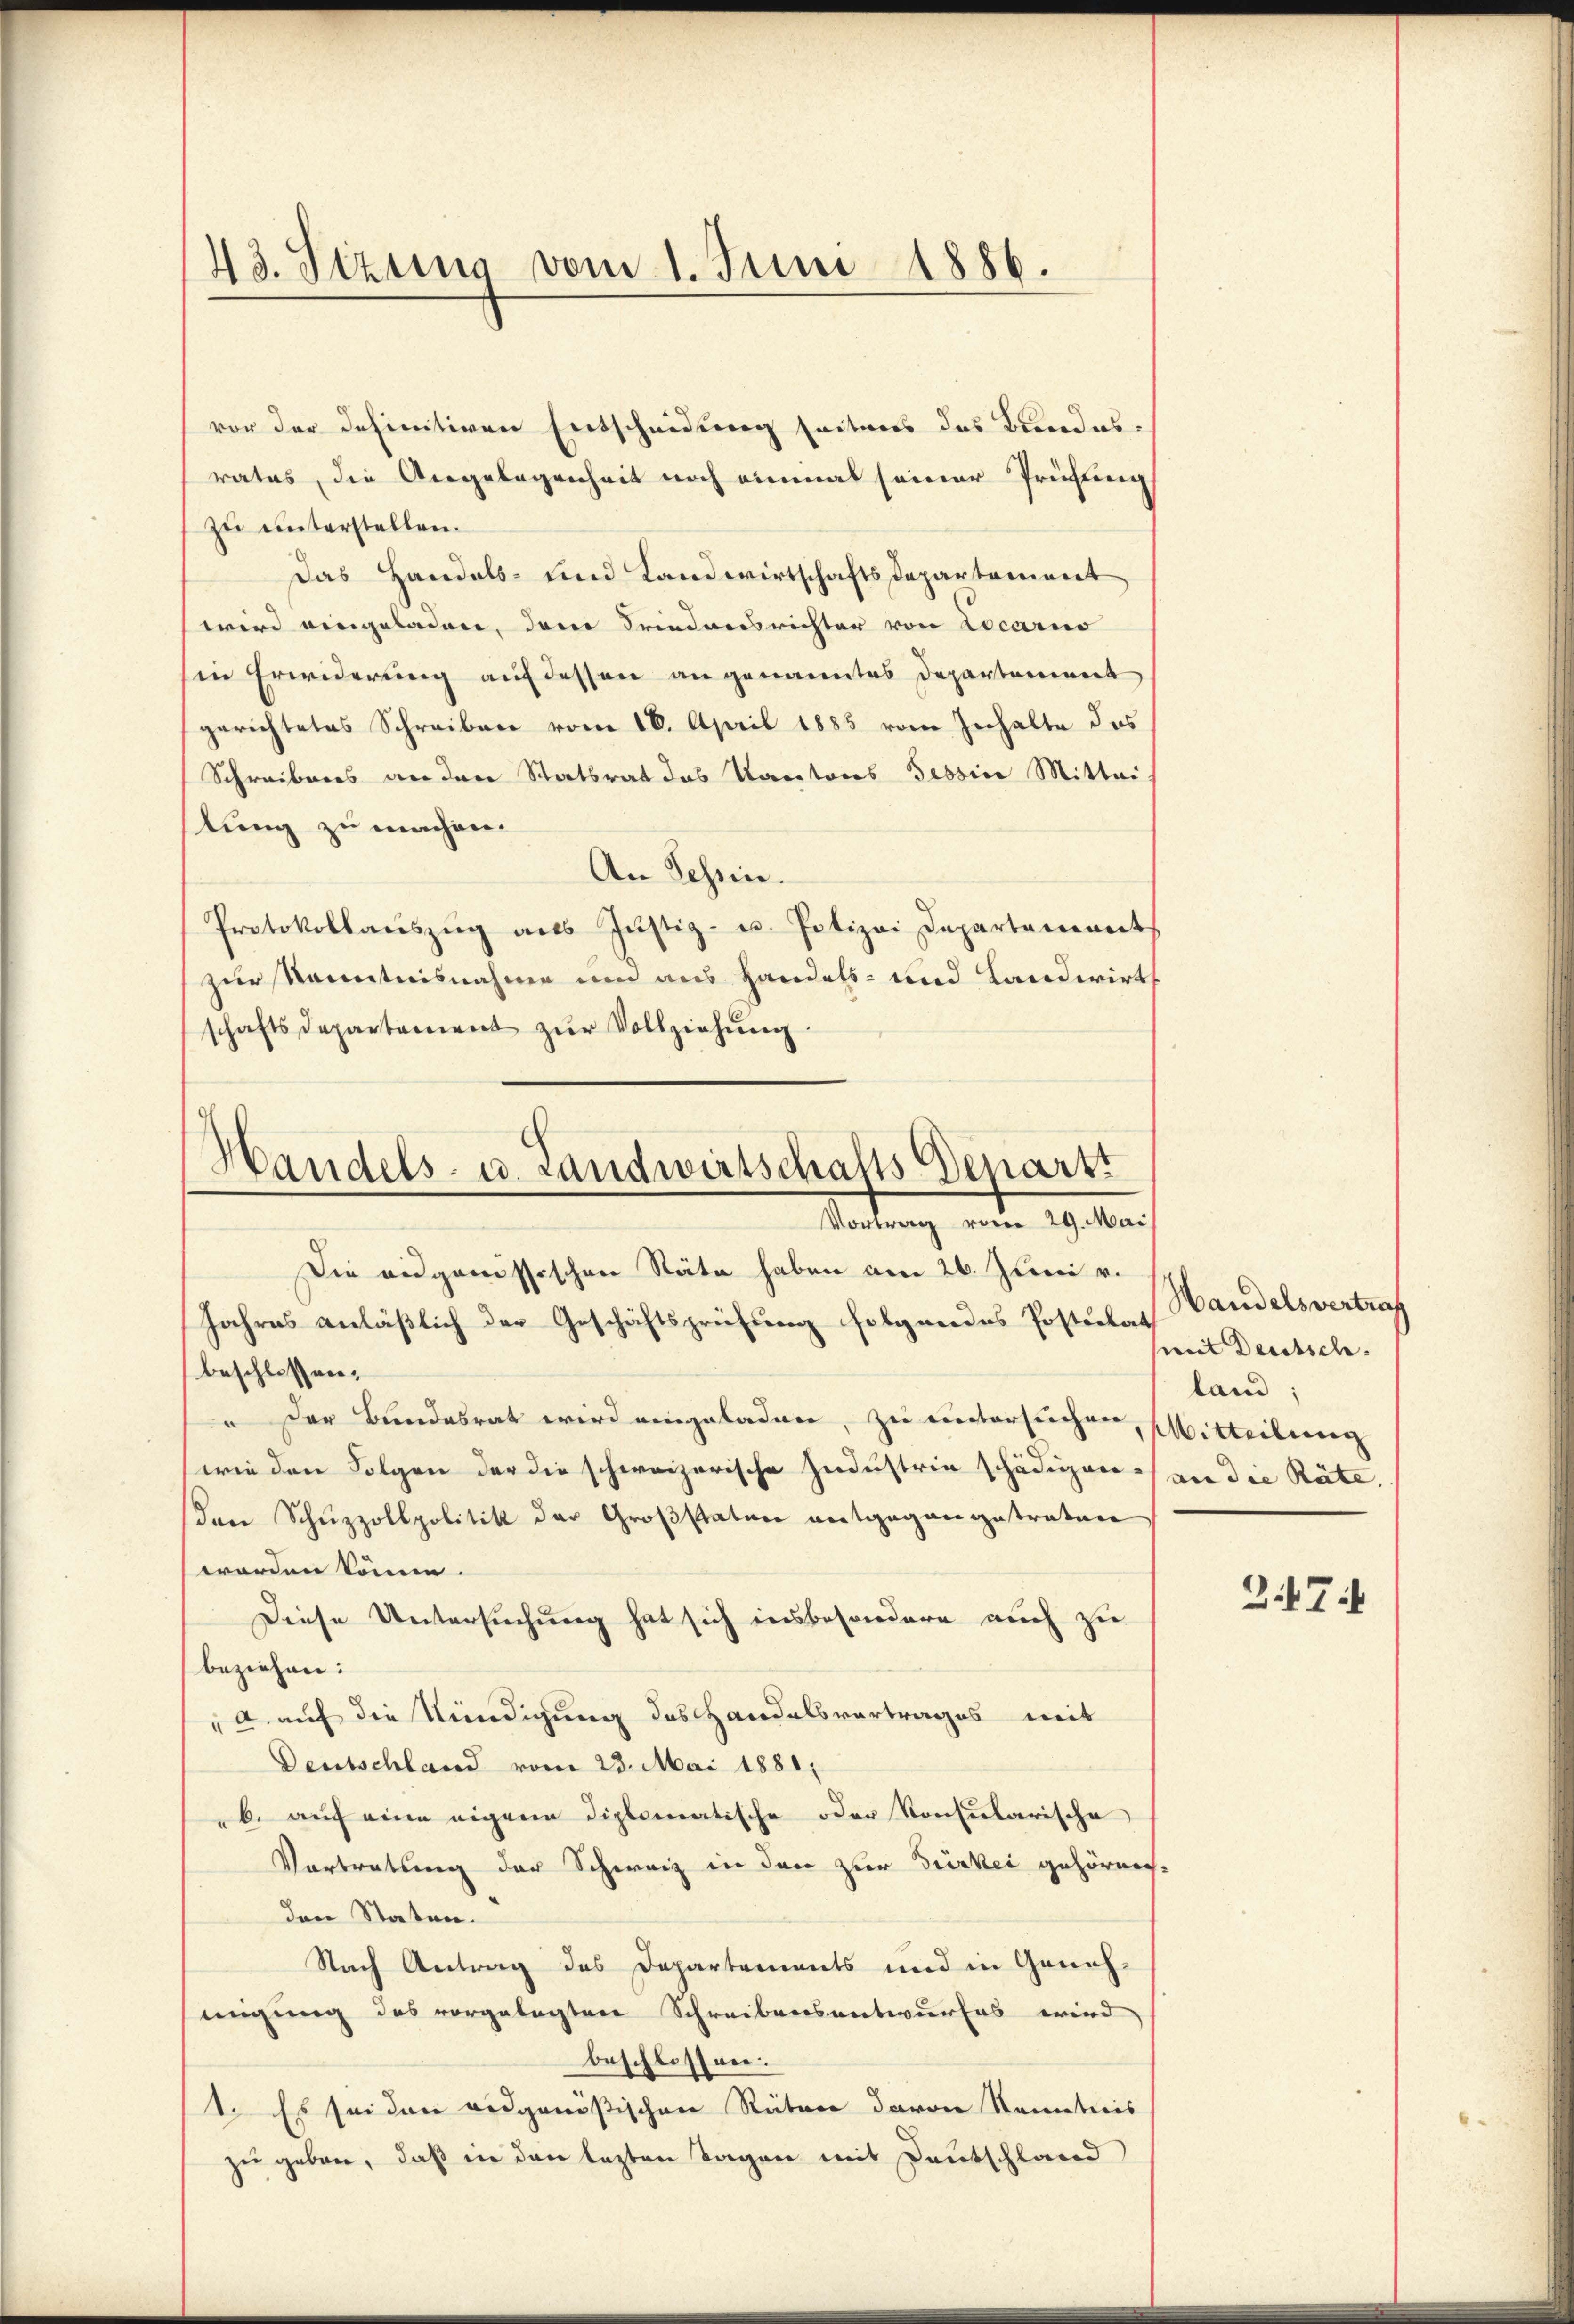
43. Sizung vom 1. Juni 1886.

vor der definitiven Entscheidung seitens das Bundesrates, die Angelegenheit noch einmal seiner Prüfung
zu unterstellen.
Das Handels- und Landwirtschaftsdepartement
wird eingeladen, dem Friedensrichter von Locario
in Erwiderung auf dessen angenanntes Departement
gerichtetes Schreiben vom 16. April 1885 vom Inhalte das
Schreibens an den Statsrat das Kantones Tessine Mittei
lung zu machen.
An Tessin.
Protokollaŭszŭg als Justiz- u. Potizei Departement
zur Kenntnisnahme und aus Handels- und Landwirts
schaftsdepartement zŭr Vollziehŭng.

Handels- u. Landwirtschafts Departi
Vortrag vom 29. Mai

Die eidgenössischen Stäte haben am 26. Juni v.
Jahres anläßlich der Geschäftsprüfung folgendes Postulat Handelsvertraf
beschlossen:
 Der Bundesrat wird eingeladen, zu untersuchen, Witteilung
wie den Folgen der die schweizerische Industrie schädigen) von die Räte.
Den Schuzzollpolitik der Großstaten entgegangetraten
worden könne.
Diese Untersuchung hat sich insbesondere auch zu
beziehen:
" auf die Kündigung des Handelsvortrages mit
Deutschland vom 23. Mai 1881,
"b. auf eine eigene Diplomatische oder Konsularische
Vortretung der Schweiz in den zur Türkei gehörnechden Statun
Nach Antrag des Departements und in Geneh-
migung des vorgelegten Schreibensantwurfes wird
beschlossen:
1. Es sei den eidgenössischen Räten davon Kenntnis
zu geben, daß in den lezten Tagen mit Deutschland

mit Deutsch.
land;

2474